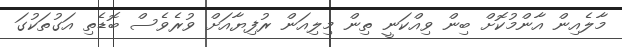
މާލެއިން އާންމުކޮށް ބިން ވިއްކަނީ ތިން މިލިއަން ރުފިޔާއަށް ވުރެވެސް ބޮޑެތި އަގުތަކުގަ